On kala azar, malaria and malarial cachexia - Number 19
Disease focus: Malaria
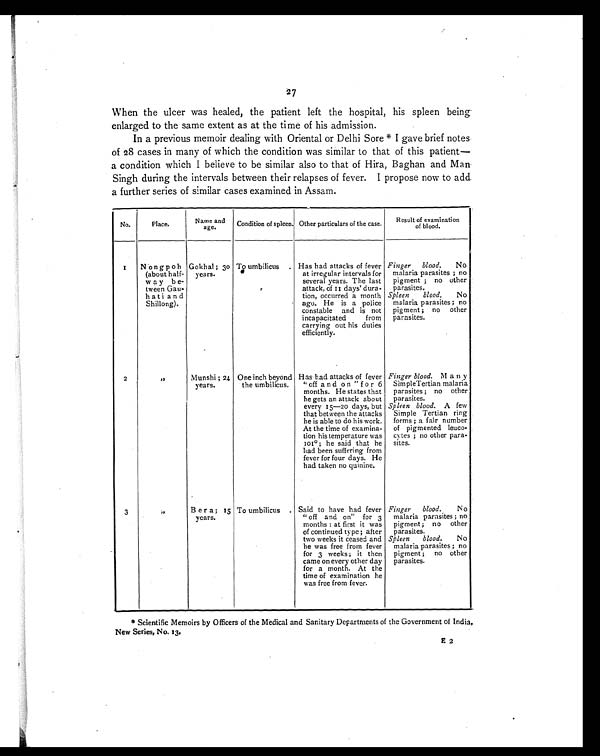
27
When the ulcer was healed, the patient left the hospital, his spleen being
enlarged to the same extent as at the time of his admission.
In a previous memoir dealing with Oriental or Delhi Sore * I gave brief notes
of 28 cases in many of which the condition was similar to that of this patient—
a condition which I believe to be similar also to that of Hira, Baghan and Man
Singh during the intervals between their relapses of fever. I propose now to add
a further series of similar cases examined in Assam.
No.
Place.
Name and
age.
Condition of spleen. Other particulars of the case.
Result of examination
of blood.
1 N ongpoh
(about half-
way be-
tween Gau-
hati and
Shillong).
Gokhal ; 30
years.
To umbilicus
Has had attacks of fever
at irregular intervals for
several years. The last
attack, of 11 days' dura-
tion, occurred a month
ago. He is a police
constable and is not
incapacitated
from
carrying out his duties
efficiently.
Finger
blood.
No
malaria parasites ; no
pigment ; no other
parasites.
Spleen
blood.
No
malaria parasites ; no
pigment ; no other
parasites.
2
"
Munshi ; 24
years.
One inch beyond
the umbilicus.
Has had attacks of fever
" off and on " for 6
months. He states that
he gets an attack about
every 15—20 days, but
that between the attacks
he is able to do his work.
At the time of examina-
tion his temperature was
101º ; he said that he
had been suffering from
fever for four days. He
had taken no quinine.
Finger blood. Many
SimpleTertian malaria
parasites ; no other
parasites.
Spleen blood. A few
Simple Tertian ring
forms ; a fair number
of pigmented leuco-
cytes ; no other para-
sites.
3
"
Bera; 15
years.
To umbilicus
Said to have had fever
" off and on" for 3
months : at first it was
of continued type ; after
two weeks it ceased and
he was free from fever
for 3 weeks ; it then
came on every other day
for a month. At the
time of examination he
was free from fever.
Finger
blood.
No
malaria parasites ; no
pigment ; no other
parasites.
Spleen
blood.
No
malaria parasites ; no
pigment ; no other
parasites.
* Scientific Memoirs by Officers of the Medical and Sanitary Departments of the Government of India,
New Series. No. 13.
E 2